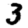
Digit: 3